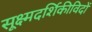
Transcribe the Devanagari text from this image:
सूक्ष्मदर्शिकीविदों